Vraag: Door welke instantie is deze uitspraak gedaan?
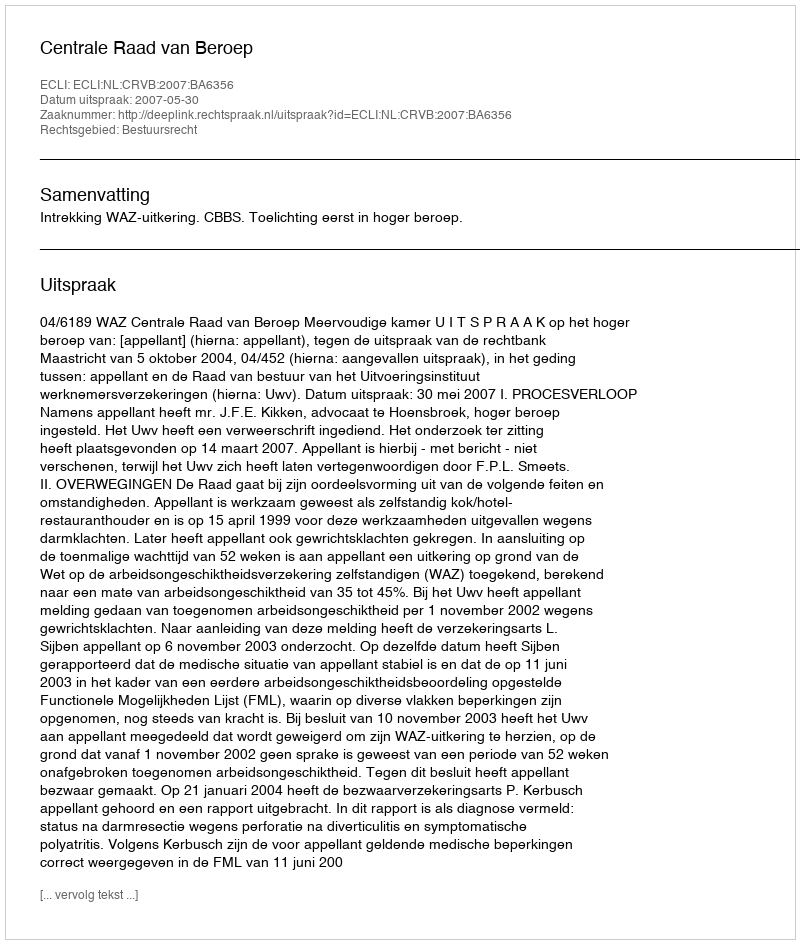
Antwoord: Centrale Raad van Beroep